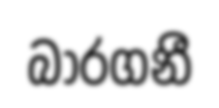
බාරගනී